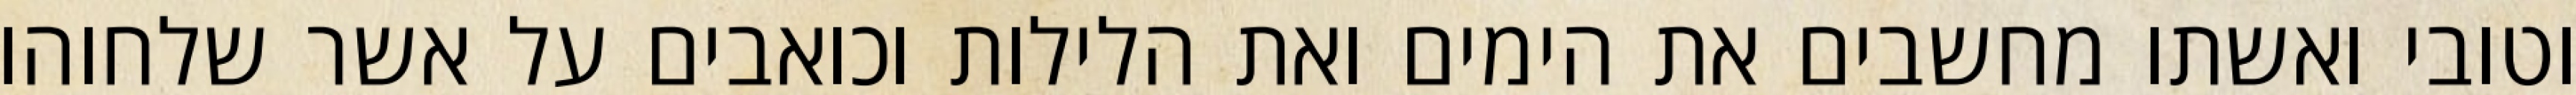
וטובי ואשתו מחשבים את הימים ואת הלילות וכואבים על אשר שלחוהו